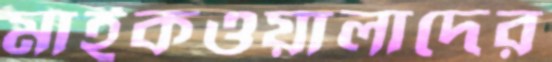
মাইকওয়ালাদের